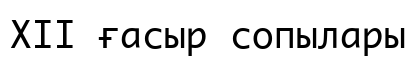
XII ғасыр сопылары